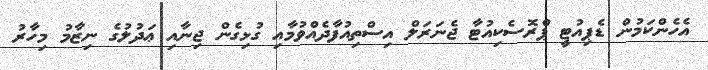
އެހެންކަމުން ޑެޕިއުޓީ ޕްރޮސެކިއުޓާ ޖެނަރަލް އިސްތިއުފާދެއްވުމާއި ގުޅިގެން ޖިނާއި ޢަދުލުގެ ނިޒާމު މިހާރު